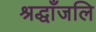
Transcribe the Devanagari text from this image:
श्रद्धाँजलि